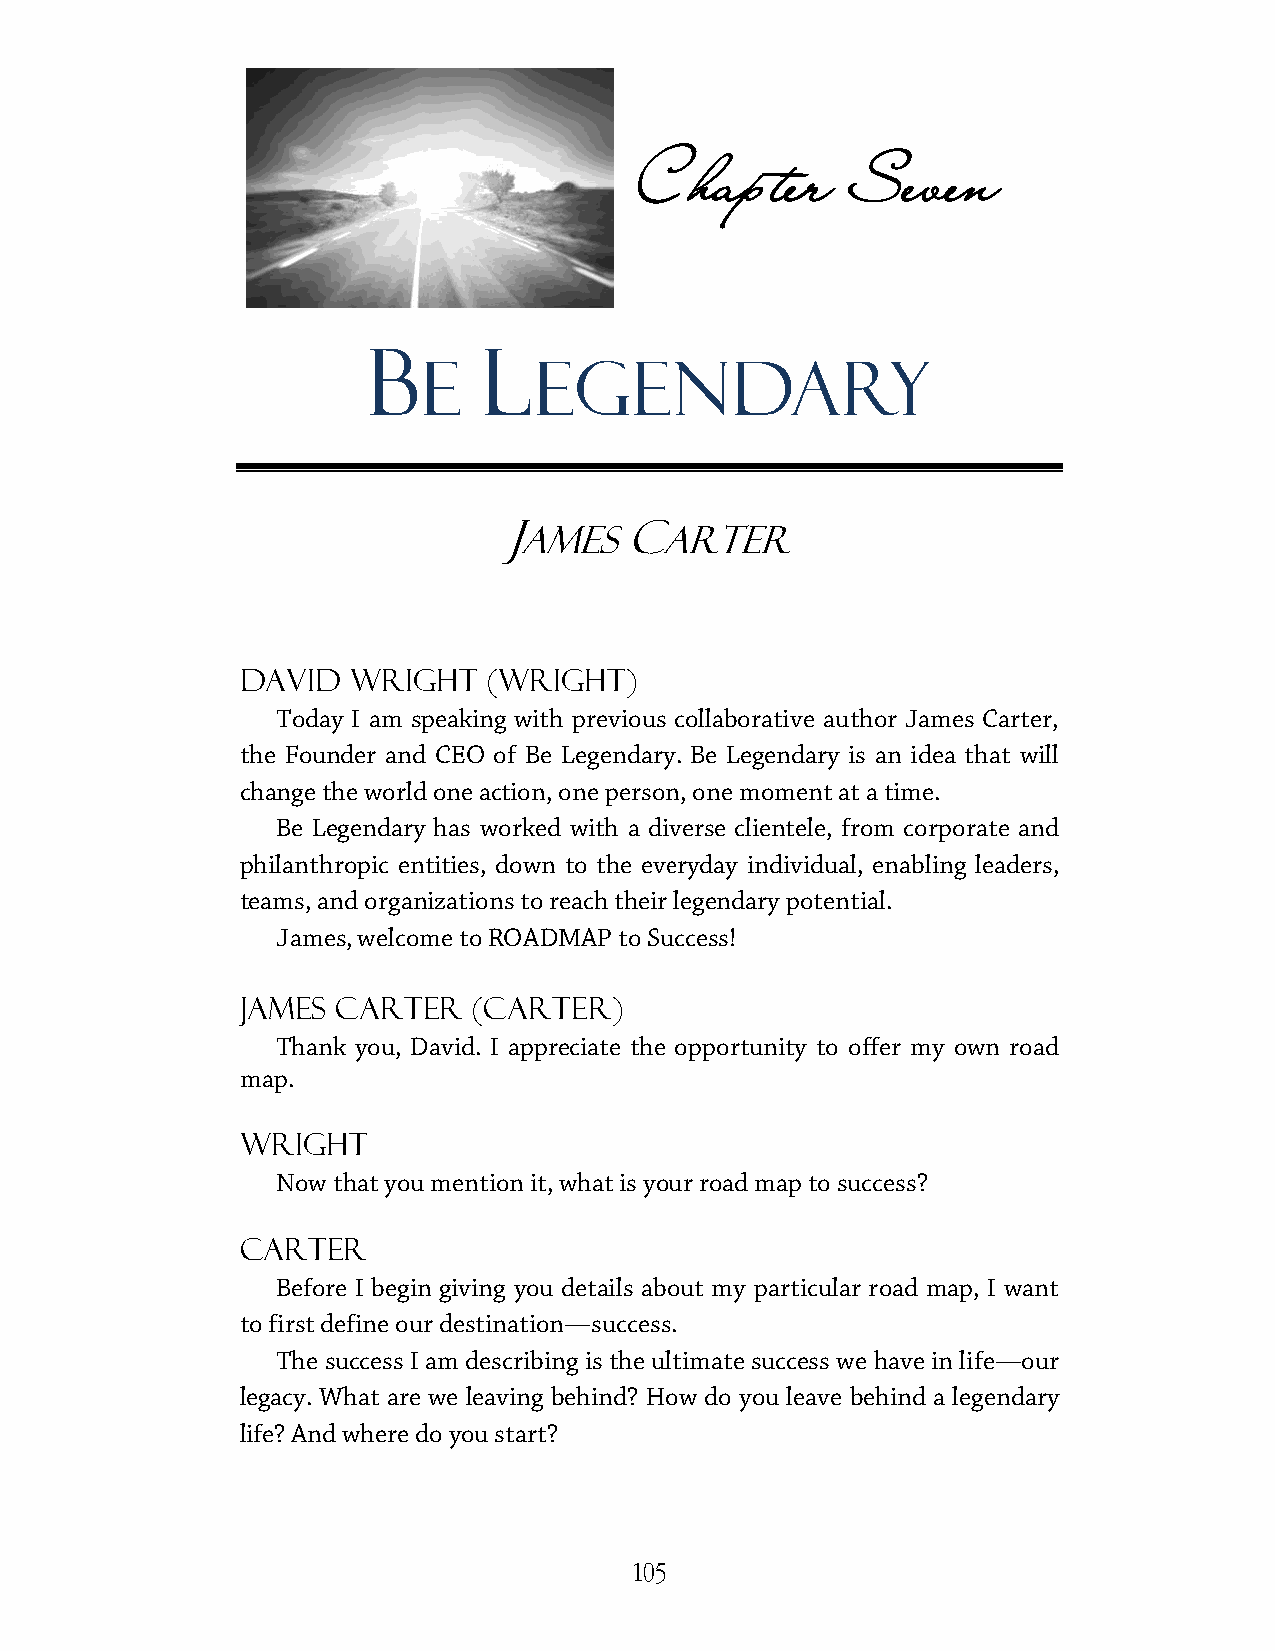
CChhaapptteerr SSeevveenn
 B       L
 E      EEGGEENNDDAARRYY
 AMES     AARRTTEERR
 J       C
 David  Wright   (Wright)
 Today I am ssppeeaakkiinngg wwiitthh pprreevviioouuss ccoollllaabboorraattiivvee aauutthhoorr JJaammeess CCaarrtteerr,,
 thee FFoouunnddeerr aanndd CCEEOO ooff BBee LLeeggeennddaarryy.. Be Legendary is an idea that will
 cchhaannggee tthhee wwoorrlldd oonnee aaccttiioonn,, oonnee ppeerrssoonn,, oonnee mmoommeenntt aatt aa ttiimmee..
 BBee LLeeggeennddaarryy hhaass wwoorrkkeedd wwiitthh aa ddiivveerrssee cclliieenntteellee,, ffrroomm ccoorrppoorraattee aanndd
 pphhiillaanntthhrrooppiicc eennttiittiieess,, ddoowwnn ttoo tthhee eevveerryyddaayy iinnddiivviidduuaal, enabling leaders,
 tteeaammss,, aanndd oorrggaanniizzaattiioonnss ttoo rreeaacchh tthheeiirr lleeggeennddaarryy ppootteennttiiaall..
 James, welcome to RROOAADDMMAAPP ttoo SSuucccceessss!
 James Carter   (Carter)
 TThhaannkk yyoouu,, DDaavviidd.. II aapppprreecciiaattee tthhee ooppppoorrttuunniittyy ttoo ooffffeerr mmyy oowwnn rrooaadd
 map.
 Wright
 Now that you mention it, what is yyoouurr road map to success?
 Carter
 BBeeffoorree II bbeeggiinn ggiivviinngg yyoouu ddeettaaiillss aabboouutt mmyy ppaarrttiiccuullaarr road map, I want
 to first define our destination—suucccceessss.
 TThhee ssuucccceessss II aamm ddeessccrriibbiinngg iiss tthhee uullttiimmaattee ssuucccceessss wwee hhaavvee iinn lliiffee—our
 legacy. What are we leaving behind? HHooww ddoo yyoouu lleeaavvee bbeehhiinndd aa lleeggeennddaarryy
 life? And where do you start?
 105